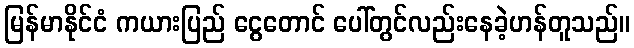
မြန်မာနိုင်ငံ ကယားပြည် ငွေတောင် ပေါ်တွင်လည်းနေခဲ့ဟန်တူသည်။